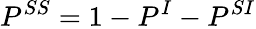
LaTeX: P^{SS}=1-P^{I}-P^{SI}